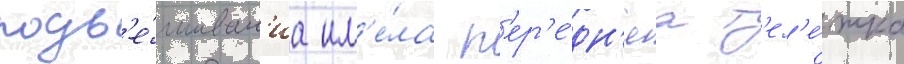
подв'е́шиван'иа им'е́ла п'ер'е́дн'яа т'ел'е́жка